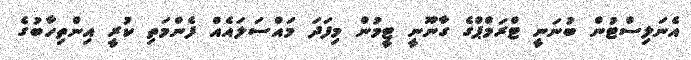
އެނަލިސްޓުން ބުނަނީ ޓްރަމްޕްގެ ގާނޫނީ ޓީމުން މިފަދަ މައްސަލައެއް ފެންމަތި ކުރީ އިންތިހާބުގެ